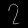
Digit: ၇